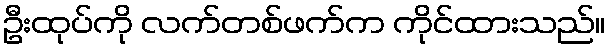
ဦးထုပ်ကို လက်တစ်ဖက်က ကိုင်ထားသည်။